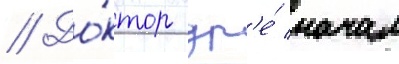
// До́ктор др'е́ начал